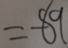
= - 8 9